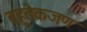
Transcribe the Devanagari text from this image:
बहुतेकजण